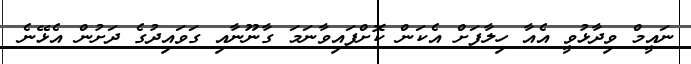
ނައީމް ވިދާޅުވީ އެއާ ހިލާފަށް އެކަން ކޮށްފައިވާނަމަ ގާނޫނާއި ގަވައިދުގެ ދަށުން އެޅޭނެ